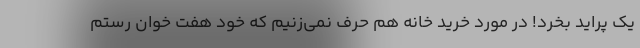
یک پراید بخرد! در مورد خرید خانه هم حرف نمی‌زنیم که خود هفت خوان رستم